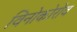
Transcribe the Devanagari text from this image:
विनोकोरोव